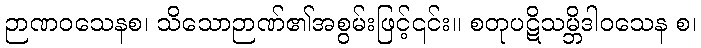
ဉာဏဝသေနစ၊ သိသောဉာဏ်၏အစွမ်းဖြင့်၎င်း။ စတုပဋိသမ္ဘိဒါဝသေန စ၊